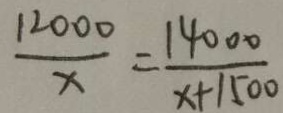
\frac { 1 2 0 0 0 } { x } = \frac { 1 4 0 0 0 } { x + 1 5 0 0 }